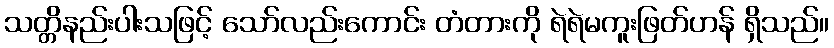
သတ္တိနည်းပါးသဖြင့် သော်လည်းကောင်း တံတားကို ရဲရဲမကူးဖြတ်ဟန် ရှိသည်။